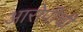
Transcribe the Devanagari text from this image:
आरोपींची